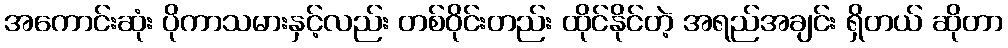
အကောင်းဆုံး ပိုကာသမားနှင့်လည်း တစ်ဝိုင်းတည်း ထိုင်နိုင်တဲ့ အရည်အချင်း ရှိတယ် ဆိုတာ